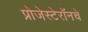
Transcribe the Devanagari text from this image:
प्रोजेस्टेरॉनचे